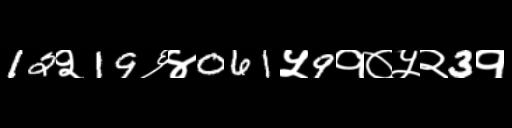
Text: 12२19६४061५9१०५२3१